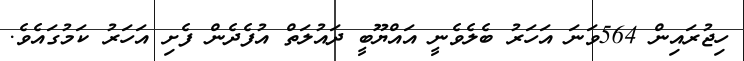
ހިޖުރައިން 564ވަނަ އަހަރު ބެލެވެނީ އައްޔޫބީ ދައުލަތް އުފެދެން ފެށި އަހަރު ކަމުގައެވެ.